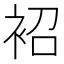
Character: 袑